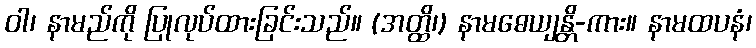
ဝါ၊ နာမည်ကို ပြုလုပ်ထားခြင်းသည်။ (အတ္ထိ၊) နာမဓေယျန္တိ-ကား။ နာမထပနံ၊